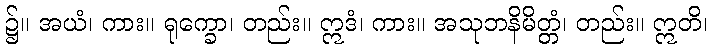
၌။ အယံ၊ ကား။ ရုက္ခော၊ တည်း။ ဣဒံ၊ ကား။ အသုဘနိမိတ္တံ၊ တည်း။ ဣတိ၊